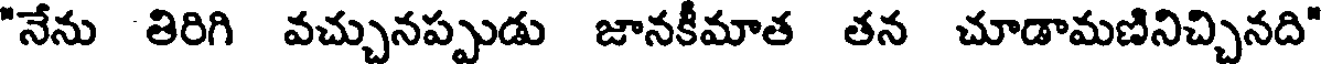
"నేను తిరిగి వచ్చునప్పుడు జానకీమాత తన చూడామణినిచ్చినది"